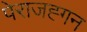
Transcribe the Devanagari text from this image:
पेराजह्गन